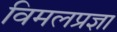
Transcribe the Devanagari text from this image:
विमलप्रज्ञा